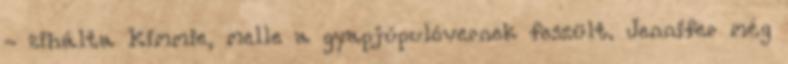
- zihálta Kimmie, melle a gyapjúpulóvernek feszült. Jennifer még